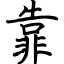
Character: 靠